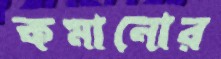
কমানোর